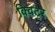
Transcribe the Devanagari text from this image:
क्विटर